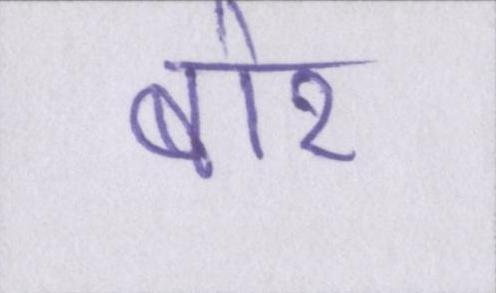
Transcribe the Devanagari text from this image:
बोर